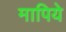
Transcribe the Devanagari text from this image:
मापिये